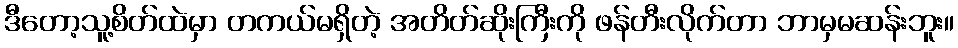
ဒီတော့သူ့စိတ်ထဲမှာ တကယ်မရှိတဲ့ အတိတ်ဆိုးကြီးကို ဖန်တီးလိုက်တာ ဘာမှမဆန်းဘူး။